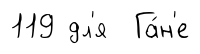
119 дл'я Га́н'е